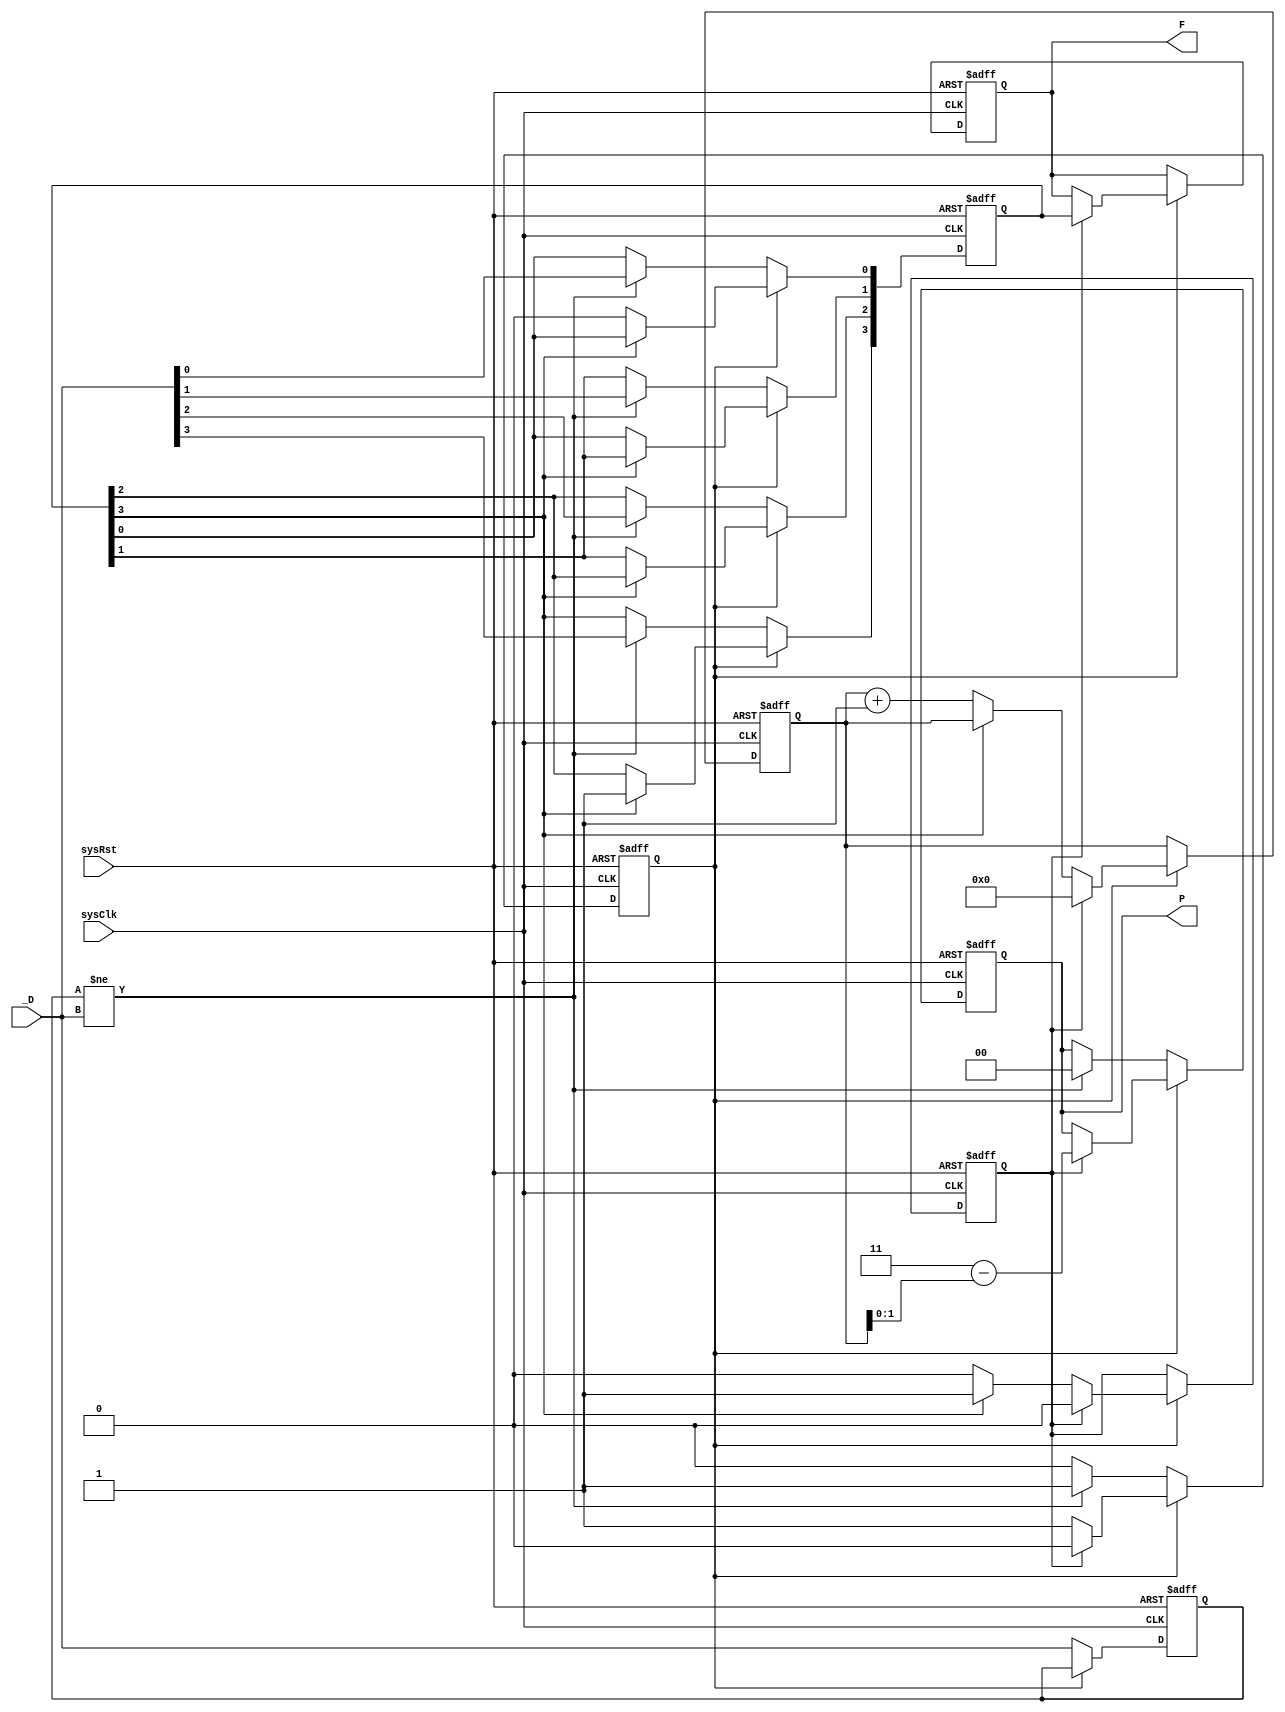
module RTLToFloat(
    input sysClk,
    input sysRst,
    input [3:0]  _D,
    output reg[3:0] F,
    output reg[1:0] P
);

reg inputFlag;
reg outputFlag;
reg [3:0]outBuffer;
reg [3:0]shiftCount;
reg [3:0]previousBuffer;

always @(posedge sysClk or negedge sysRst) begin 
    if(!sysRst) begin 
        inputFlag <= 0 ;
		  outputFlag <=0;
        shiftCount <=0;
		  F<=4'b0000;
		  P<=0;
		  previousBuffer<=0;
		  outBuffer<=0;
    end
    else begin 
        if(inputFlag)begin
            if(!outBuffer[3]) begin
                outBuffer[3]<=outBuffer[2];
                outBuffer[2]<=outBuffer[1];
                outBuffer[1]<=outBuffer[0];
                outBuffer[0]<=0;
                shiftCount<=shiftCount+1;
            end
            else
                outputFlag <= 1;
            if(outputFlag) begin
                inputFlag<=0;
                outputFlag<=0;
                P <= 3-shiftCount;
					 shiftCount<=0;
                F <= outBuffer;
            end
        end
        else begin
				previousBuffer<=_D;
				if(previousBuffer != _D) begin
					P<=0;
					outBuffer<=_D;
					inputFlag<=1;
				end
        end
    end
end
endmodule    
module testRTLGateToFloat();
	reg sysClk;
	reg sysRst;

    reg [3:0]  _D;
    wire [3:0] F;
    wire [1:0] P;
    RTLToFloat U1(sysClk,sysRst,_D,F,P);

    initial begin
        sysClk=0;
        sysRst=0;
		  _D=0000;
        #5 sysRst=1;
		  #5
        _D  = 4'b0101;
        #50 _D  = 4'b0111;
        #50 _D  = 4'b0011;
        #50 _D  = 4'b0001;
        #50 $stop;
    end
	always begin 
	#1  sysClk = ~ sysClk;
	end
endmodule